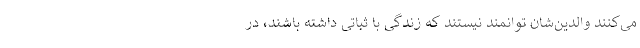
می‌کنند والدین‌شان توانمند نیستند که زندگی با ثباتی داشته باشند، در